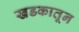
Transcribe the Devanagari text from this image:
खडकातून